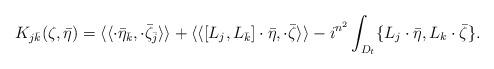
LaTeX: \begin{align*} K_{j\bar k}(\zeta,\bar\eta)=\langle\langle \cdot\bar\eta_{\bar k}, \cdot\bar\zeta_{\bar j} \rangle\rangle +\langle\langle [L_j,L_{\bar k}]\cdot\bar\eta,\cdot\bar\zeta\rangle\rangle -i^{n^2}\int_{D_t}\{L_j\cdot\bar\eta,L_k\cdot\bar\zeta\}.\end{align*}